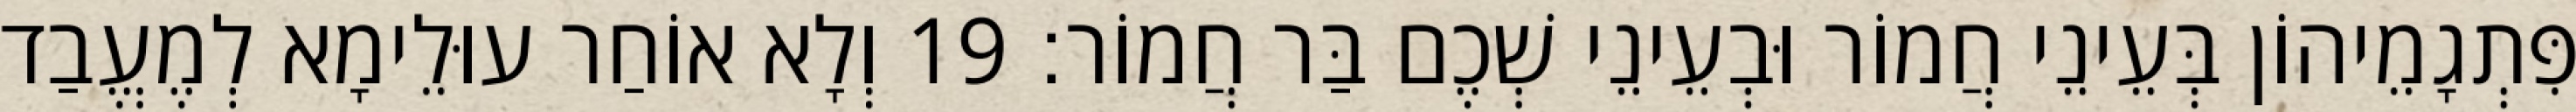
פִּתְגָמֵיהוֹן בְּעֵינֵי חֲמוֹר וּבְעֵינֵי שְׁכֶם בַּר חֲמוֹר׃ 19 וְלָא אוֹחַר עוּלֵימָא לְמֶעֱבַד